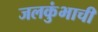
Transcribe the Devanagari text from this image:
जलकुंभाची